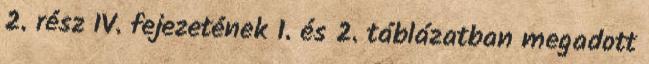
2. rész IV. fejezetének 1. és 2. táblázatban megadott